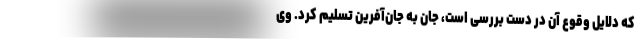
که دلایل وقوع آن در دست بررسی است، جان به جان‌آفرین تسلیم کرد. وی